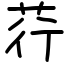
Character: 荇